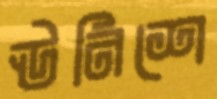
ঊনিশে